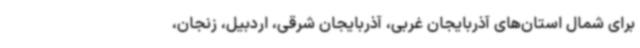
برای شمال استان‌های آذربایجان غربی، آذربایجان شرقی، اردبیل، زنجان،